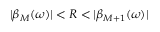
| \beta _ { M } ( \omega ) | < R < | \beta _ { M + 1 } ( \omega ) |